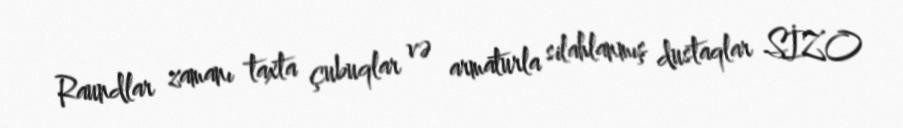
Raundlar zamanı taxta çubuqlar və armaturla silahlanmış dustaqlar SİZO